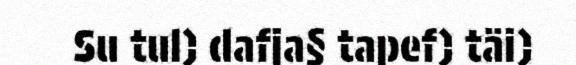
Su tul) dafja§ tapef) täi)